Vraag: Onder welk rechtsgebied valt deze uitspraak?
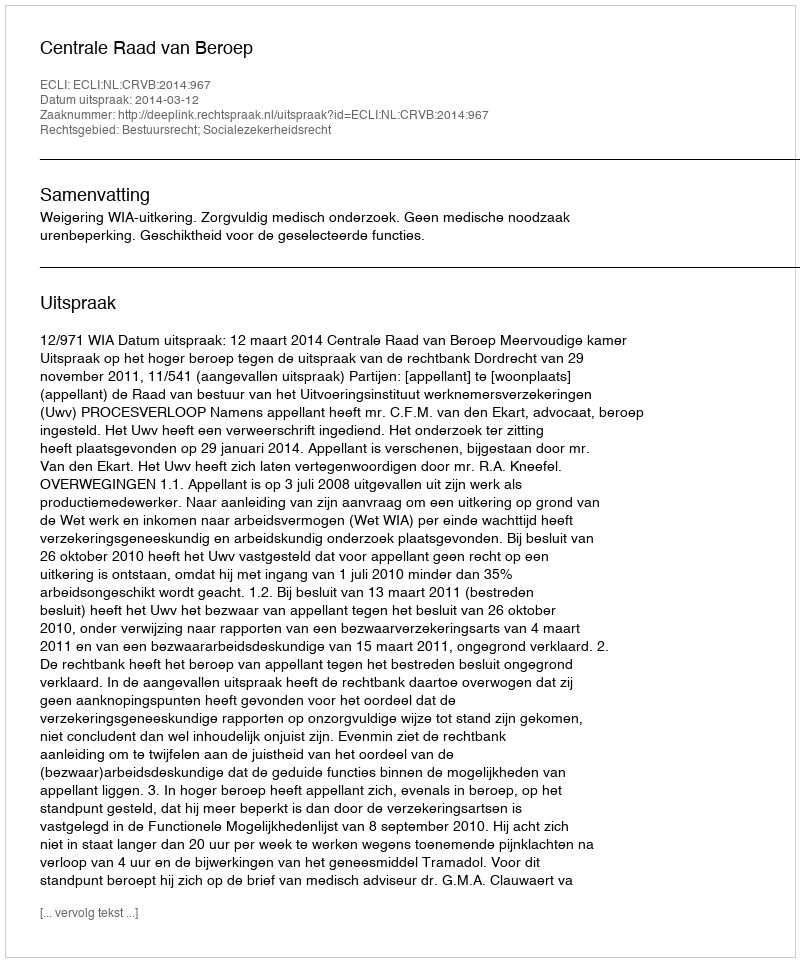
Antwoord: Bestuursrecht; Socialezekerheidsrecht